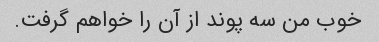
خوب من سه پوند از آن را خواهم گرفت.